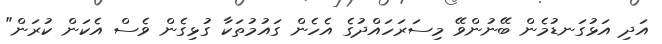
އަދި އަޅުގަނޑުމެން ބޭނުންވޭ މިސަރަހައްދުގެ އެހެން ގައުމުތަކާ ގުޅިގެން ވެސް އެކަން ކުރަން"